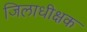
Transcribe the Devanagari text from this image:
जिलाधीक्षक